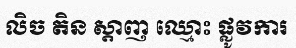
លិច តិន ស្តាញ ឈ្មោះ ផ្លូវការ